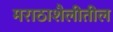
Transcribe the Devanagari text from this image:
मराठाशैलीतील